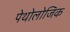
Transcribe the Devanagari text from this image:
पेथोलोजिक